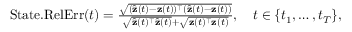
\begin{array} { r } { \mathrm { S t a t e . R e l E r r } ( t ) = \frac { \sqrt { ( \hat { \mathbf { z } } ( t ) - \mathbf { z } ( t ) ) ^ { \top } ( \hat { \mathbf { z } } ( t ) - \mathbf { z } ( t ) ) } } { \sqrt { \hat { \mathbf z } ( t ) ^ { \top } \hat { \mathbf z } ( t ) } + \sqrt { \mathbf z ( t ) ^ { \top } \mathbf z ( t ) } } , \quad t \in \{ t _ { 1 } , \ldots , t _ { T } \} , } \end{array}